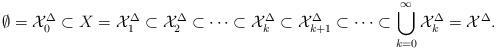
LaTeX: \begin{align*}\emptyset =\mathcal{X}^{\Delta}_0\subset X=\mathcal{X}^{\Delta}_1\subset \mathcal{X}^{\Delta}_2\subset\cdots \subset \mathcal{X}^{\Delta}_k\subset \mathcal{X}^{\Delta}_{k+1}\subset\cdots \subset \bigcup_{k= 0}^{\infty}\mathcal{X}^{\Delta}_k=\mathcal{X}^{\Delta}.\end{align*}